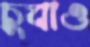
চুবাও